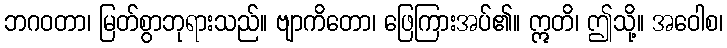
ဘဂဝတာ၊ မြတ်စွာဘုရားသည်။ ဗျာကိတော၊ ဖြေကြားအပ်၏။ ဣတိ၊ ဤသို့။ အဝေါစ၊